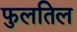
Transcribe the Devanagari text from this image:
फुलतिल